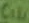
Text: C10